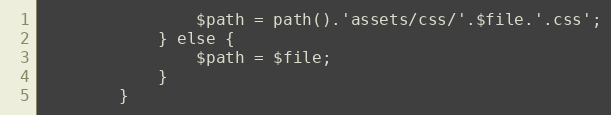
Language: PHP
                $path = path().'assets/css/'.$file.'.css';
            } else {
                $path = $file;
            }
        }